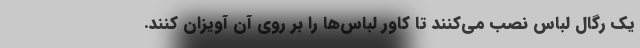
یک رگال لباس نصب می‌کنند تا کاور لباس‌ها را بر روی آن آویزان کنند.